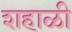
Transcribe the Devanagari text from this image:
शहाळी